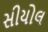
સીયોલ